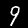
Label: 9